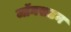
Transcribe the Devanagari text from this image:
जॉनसटन